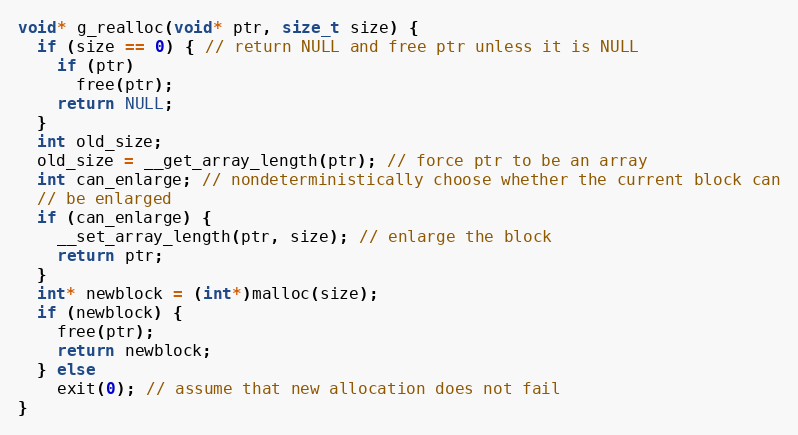
Language: C
void* g_realloc(void* ptr, size_t size) {
  if (size == 0) { // return NULL and free ptr unless it is NULL
    if (ptr)
      free(ptr);
    return NULL;
  }
  int old_size;
  old_size = __get_array_length(ptr); // force ptr to be an array
  int can_enlarge; // nondeterministically choose whether the current block can
  // be enlarged
  if (can_enlarge) {
    __set_array_length(ptr, size); // enlarge the block
    return ptr;
  }
  int* newblock = (int*)malloc(size);
  if (newblock) {
    free(ptr);
    return newblock;
  } else
    exit(0); // assume that new allocation does not fail
}